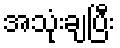
အသုံးချပြီး